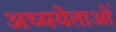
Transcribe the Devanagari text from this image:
अध्ययेताओं